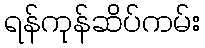
ရန်ကုန်ဆိပ်ကမ်း